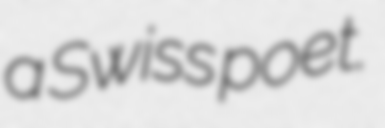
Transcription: a Swiss poet.